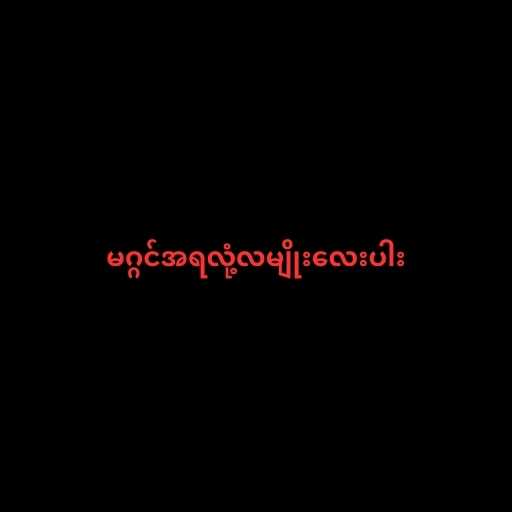
မဂ္ဂင်အရလုံ့လမျိုးလေးပါး